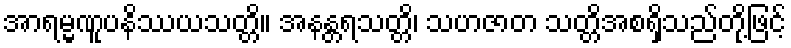
အာရမ္မဏူပနိဿယသတ္တိ။ အနန္တရသတ္တိ၊ သဟဇာတ သတ္တိအစရှိသည်တို့ဖြင့်